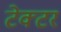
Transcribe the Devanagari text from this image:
टेक्टर